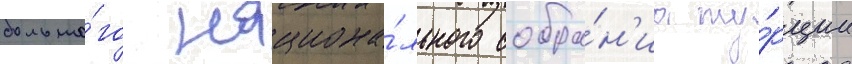
большо́го национа́льного собра́н'иа ту́рции